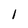
Character: 1